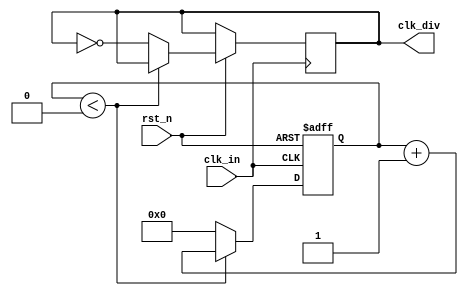
module Divider #(
    parameter NUM_DIV = 2
) (
    input clk_in,
    input rst_n,
    output reg clk_div
);

integer cnt;

always @(posedge clk_in or negedge rst_n) begin
    if(!rst_n)begin
        cnt <= 32'h0000_0000;
    end else if(cnt < NUM_DIV/2 -1) begin
        cnt <= cnt + 32'h0000_0001;
    end else begin
        cnt <= 32'h0000_0000;
        clk_div <= ~clk_div;
    end
end
    
endmodule